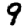
Digit: 9